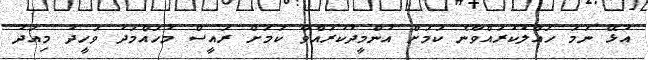
އުޅޭ ނަމަ ހައްލުކުރައްވާނެ ކަމަށް އުންމީދުކުރައްވާ ކަމަށް ރައީސް މުހައްމަދު ވަހީދު މިއަދު